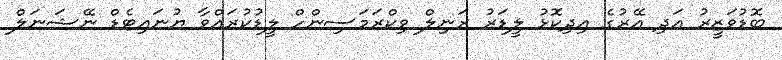
ބޮޑުވަޒީރު އަދި އޭރުގެ އިދިކޮޅު ލީޑަރު ރަނިލް ވިކްރަމަސިންހް ލީޑުކުރައްވާ ޔުނައިޓެޑް ނޭޝަނަލް